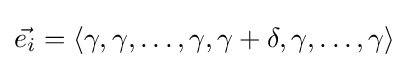
{\vec {e_{i}}}=\langle \gamma ,\gamma ,\ldots ,\gamma ,\gamma +\delta ,\gamma ,\ldots ,\gamma \rangle ~